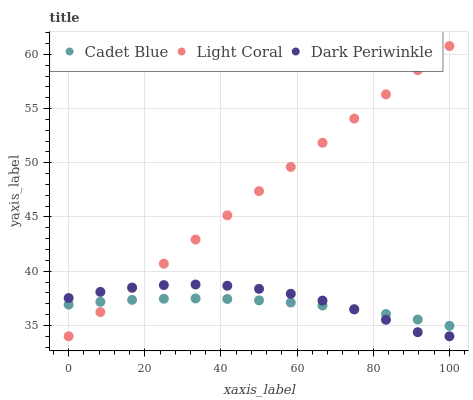
| xaxis_label | Cadet Blue | Light Coral | Dark Periwinkle |
 | --- | --- | --- | --- |
 | 0 | 36.9 | 34 | 37.5 |
 | 8.33 | 37.2 | 36.2 | 38.1 |
 | 16.7 | 37.4 | 38.5 | 38.5 |
 | 25 | 37.5 | 40.7 | 38.7 |
 | 33.3 | 37.5 | 42.9 | 38.8 |
 | 41.7 | 37.4 | 45.2 | 38.7 |
 | 50 | 37.3 | 47.4 | 38.4 |
 | 58.3 | 37.1 | 49.6 | 37.9 |
 | 66.7 | 36.8 | 51.8 | 37.3 |
 | 75 | 36.5 | 54.1 | 36.5 |
 | 83.3 | 36 | 56.3 | 35.5 |
 | 91.7 | 35.5 | 58.5 | 34.4 |
 | 100 | 35 | 60.8 | 34 |